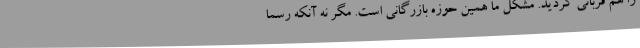
را هم قربانی کردید. مشکل ما همین حوزه بازرگانی است. مگر نه آنکه رسما